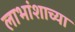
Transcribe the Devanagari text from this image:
लाभांशाच्या